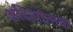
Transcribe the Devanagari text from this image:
अदिशात्मक